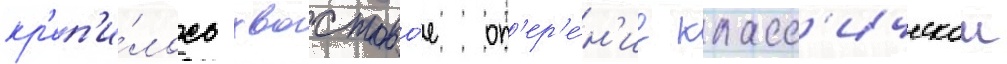
кр'еп'и́лось хвостово́е оп'ер'е́н'ие класс'ическои